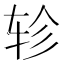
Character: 轸